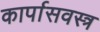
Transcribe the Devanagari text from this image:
कार्पासवस्त्र